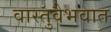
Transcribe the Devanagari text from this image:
वास्तुवैभवात